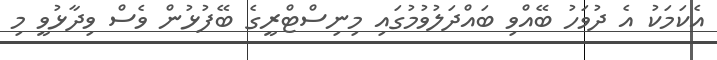
އެކަމަކު އެ ދުވަހު ބޭއްވި ބައްދަލުވުމުގައި މިނިސްޓްރީގެ ބޭފުޅުން ވެސް ވިދާޅުވީ މި